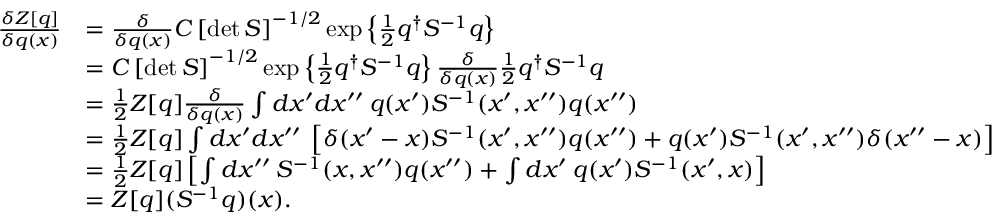
\begin{array} { r l } { \frac { \delta Z [ q ] } { \delta q ( x ) } } & { = \frac { \delta } { \delta q ( x ) } C \left[ \operatorname* { d e t } S \right] ^ { - 1 / 2 } \exp \left\{ \frac { 1 } { 2 } q ^ { \dagger } S ^ { - 1 } q \right\} } \\ & { = C \left[ \operatorname* { d e t } S \right] ^ { - 1 / 2 } \exp \left\{ \frac { 1 } { 2 } q ^ { \dagger } S ^ { - 1 } q \right\} \frac { \delta } { \delta q ( x ) } \frac { 1 } { 2 } q ^ { \dagger } S ^ { - 1 } q } \\ & { = \frac { 1 } { 2 } Z [ q ] \frac { \delta } { \delta q ( x ) } \int d x ^ { \prime } d x ^ { \prime \prime } \: q ( x ^ { \prime } ) S ^ { - 1 } ( x ^ { \prime } , x ^ { \prime \prime } ) q ( x ^ { \prime \prime } ) } \\ & { = \frac { 1 } { 2 } Z [ q ] \int d x ^ { \prime } d x ^ { \prime \prime } \: \left[ \delta ( x ^ { \prime } - x ) S ^ { - 1 } ( x ^ { \prime } , x ^ { \prime \prime } ) q ( x ^ { \prime \prime } ) + q ( x ^ { \prime } ) S ^ { - 1 } ( x ^ { \prime } , x ^ { \prime \prime } ) \delta ( x ^ { \prime \prime } - x ) \right] } \\ & { = \frac { 1 } { 2 } Z [ q ] \left[ \int d x ^ { \prime \prime } \: S ^ { - 1 } ( x , x ^ { \prime \prime } ) q ( x ^ { \prime \prime } ) + \int d x ^ { \prime } \: q ( x ^ { \prime } ) S ^ { - 1 } ( x ^ { \prime } , x ) \right] } \\ & { = Z [ q ] ( S ^ { - 1 } q ) ( x ) . } \end{array}